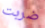
ضربت